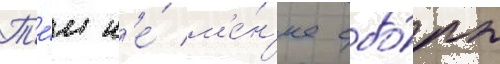
Т'е́м н'е́ м'е́н'ее сбо́ры